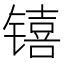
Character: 𬭳